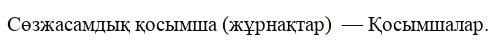
Сөзжасамдық қосымша (жұрнақтар)  — Қосымшалар.